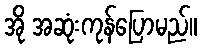
အို အဆုံးကုန်ပြောမည်။